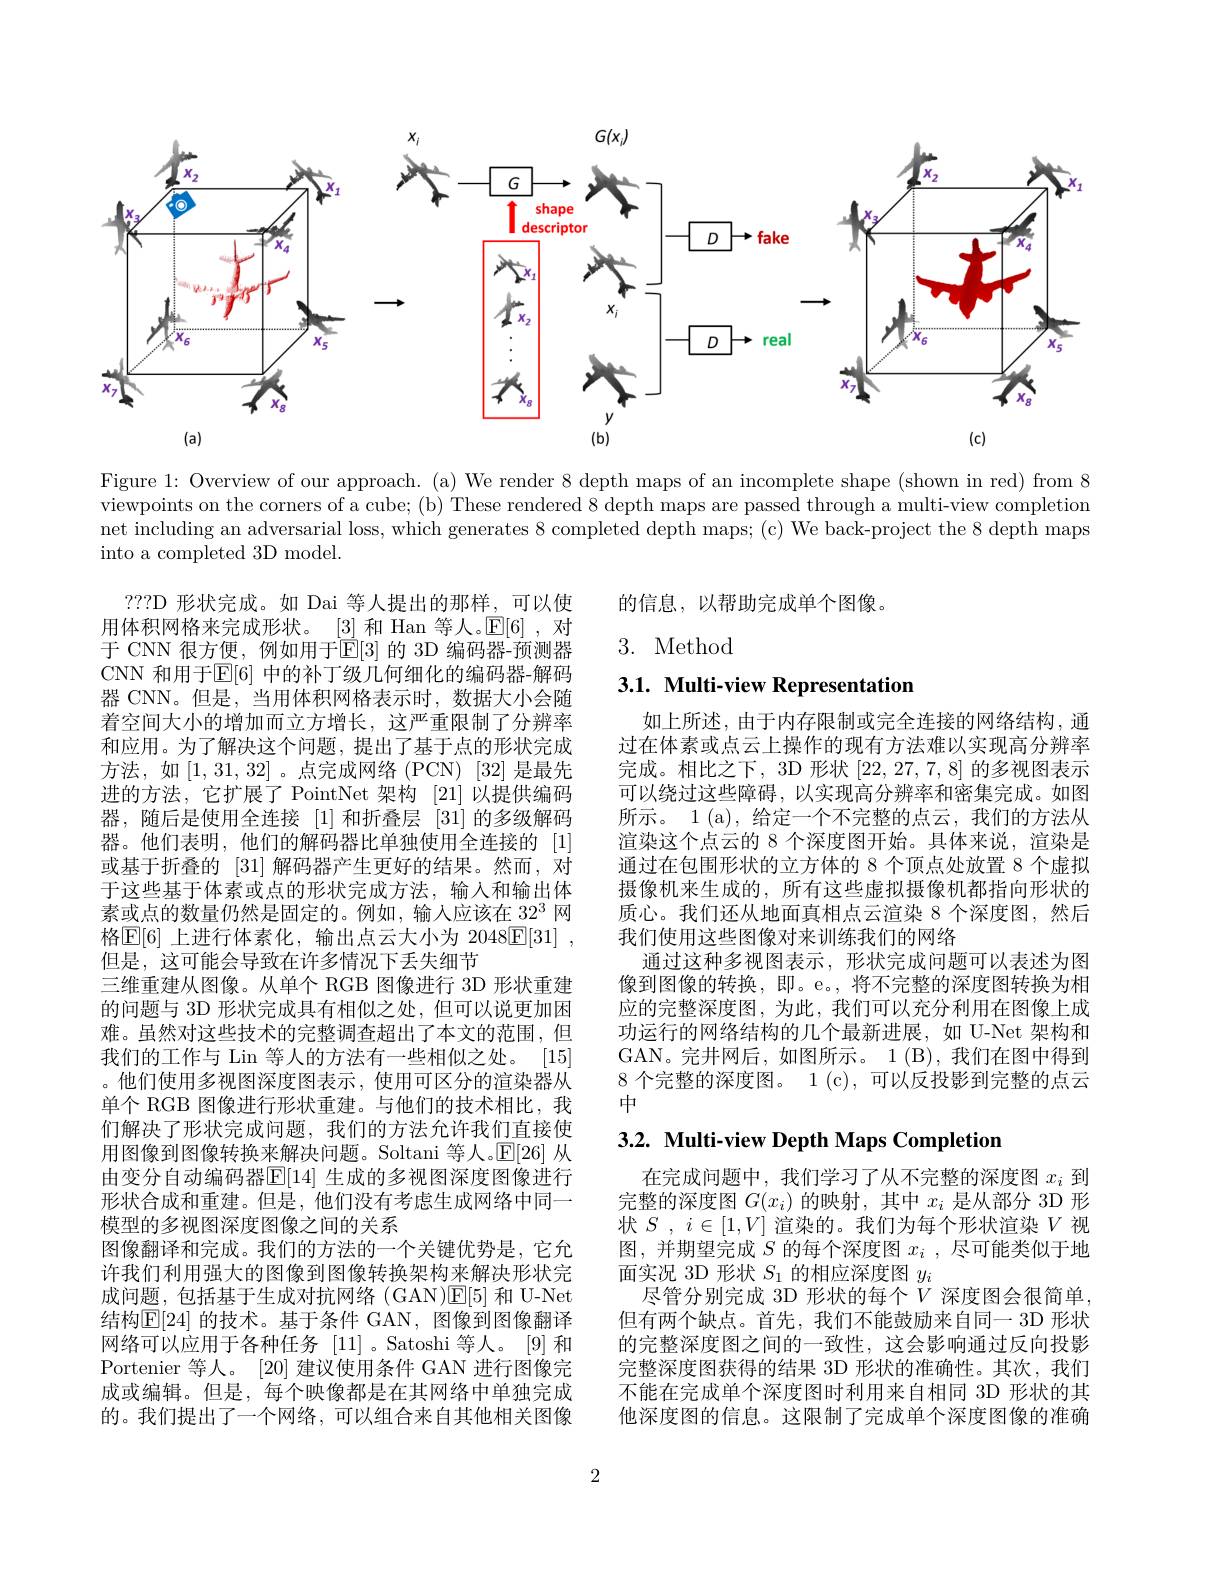
<FigureHere>

Figure 1: Overview of our approach. (a) We render 8 depth maps of an incomplete shape (shown in red) from 8 viewpoints on the corners of a cube; (b) These rendered 8 depth maps are passed through a multi-view completion $\bar{\text{net including an adversarial loss, which generates 8 completed depth maps; (c) We back-project the 8 depth maps}}$ into a completed 3D model.

的信息，以帮助完成单个图像。

3. Method

3.1. Multi-view Representation

如上所述，由于内存限制或完全连接的网络结构，通过在体素或点云上操作的现有方法难以实现高分辨率完成。相比之下，3D 形状[22,27,7,8]的多视图表示可以绕过这些障碍，以实现高分辨率和密集完成。如图所示。1 (a), 给定一个不完整的点云，我们的方法从渲染这个点云的 8 个深度图开始。具体来说，渲染是通过在包围形状的立方体的 8 个顶点处放置 8 个虚拟摄像机来生成的，所有这些虚拟摄像机都指向形状的质心。我们还从地面真相点云渲染 8 个深度图，然后我们使用这些图像对来训练我们的网络
通过这种多视图表示，形状完成问题可以表述为图像到图像的转换，即。e。,将不完整的深度图转换为相应的完整深度图，为此，我们可以充分利用在图像上成功运行的网络结构的几个最新进展，如 U-Net 架构和GAN。完井网后，如图所示。1(B),我们在图中得到8 个完整的深度图。1 (c), 可以反投影到完整的点云中

???D 形状完成。如 Dai 等人提出的那样，可以使用体积网格来完成形状。[3] 和 Han 等人。$\mathbb{E}[6]$,对于 CNN 很方便，例如用于$\mathbb{E}[3]$ 的 3D 编码器-预测器CNN 和用于$\mathbb{E}[6]$ 中的补丁级几何细化的编码器-解码器 CNN。但是，当用体积网格表示时，数据大小会随着空间大小的增加而立方增长，这严重限制了分辨率和应用。为了解决这个问题，提出了基于点的形状完成方法，如[1,31,32] 。点完成网络 (PCN) [32] 是最先进的方法，它扩展了 PointNet 架构 [21] 以提供编码器，随后是使用全连接[1]和折叠层[31]的多级解码器。他们表明，他们的解码器比单独使用全连接的[1] 或基于折叠的[31]解码器产生更好的结果。然而，对于这些基于体素或点的形状完成方法，输入和输出体素或点的数量仍然是固定的。例如，输入应该在 32$^3$网格$\boxed{\mathrm{E}}[6]$ 上进行体素化，输出点云大小为 2048$\boxed{\mathrm{F}}[31]$ , 但是，这可能会导致在许多情况下丢失细节
三维重建从图像。从单个 RGB 图像进行 3D 形状重建的问题与 3D 形状完成具有相似之处，但可以说更加困难。虽然对这些技术的完整调查超出了本文的范围，但我们的工作与 Lin 等人的方法有一些相似之处。|15| 。他们使用多视图深度图表示，使用可区分的渲染器从单个 RGB 图像进行形状重建。与他们的技术相比，我们解决了形状完成问题，我们的方法允许我们直接使用图像到图像转换来解决问题。Soltani 等人。$\mathbb{E}[26]$从由变分自动编码器$\overline{\mathbb{E}}[14]$ 生成的多视图深度图像进行形状合成和重建。但是，他们没有考虑生成网络中同一模型的多视图深度图像之间的关系
图像翻译和完成。我们的方法的一个关键优势是，它允许我们利用强大的图像到图像转换架构来解决形状完成问题，包括基于生成对抗网络(GAN)回E[5] 和 U-Net 结构$\mathbb{E}[24]$ 的技术。基于条件 GAN, 图像到图像翻译网络可以应用于各种任务[11] 。Satoshi 等人。[9]和Portenier 等人。[20]建议使用条件 GAN 进行图像完成或编辑。但是，每个映像都是在其网络中单独完成的。我们提出了一个网络，可以组合来自其他相关图像

# 3.2. Multi-view Depth Maps Completion

在完成问题中，我们学习了从不完整的深度图$x_i$到完整的深度图$G(x_i)$的映射，其中$x_i$是从部分 3D 形状$S$ , $i\in [ 1, V]$渲染的。我们为每个形状渲染$V$视图，并期望完成$S$的每个深度图$x_i$ ,尽可能类似于地面实况 3D 形状$S_1$的相应深度图$y_i$
尽管分别完成 3D 形状的每个$V$ 深度图会很简单， 但有两个缺点。首先，我们不能鼓励来自同一 3D 形状的完整深度图之间的一致性，这会影响通过反向投影完整深度图获得的结果 3D 形状的准确性。其次，我们不能在完成单个深度图时利用来自相同 3D 形状的其他深度图的信息。这限制了完成单个深度图像的准确

2